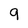
Character: 9